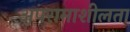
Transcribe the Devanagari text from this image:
अपरामाशीलता